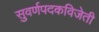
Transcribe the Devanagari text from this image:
सुवर्णपदकविजेती